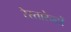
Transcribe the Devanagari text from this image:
रेस्तारेन्टों